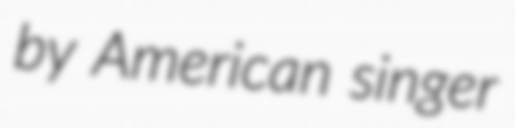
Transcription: by American singer